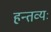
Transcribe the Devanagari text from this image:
हन्तव्यः